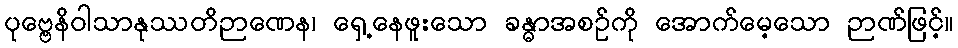
ပုဗ္ဗေနိဝါသာနုဿတိဉာဏေန၊ ရှေ့နေဖူးသော ခန္ဓာအစဉ်ကို အောက်မေ့သော ဉာဏ်ဖြင့်။